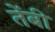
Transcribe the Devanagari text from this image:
तेंबी